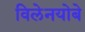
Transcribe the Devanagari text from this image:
विलेनयोबे